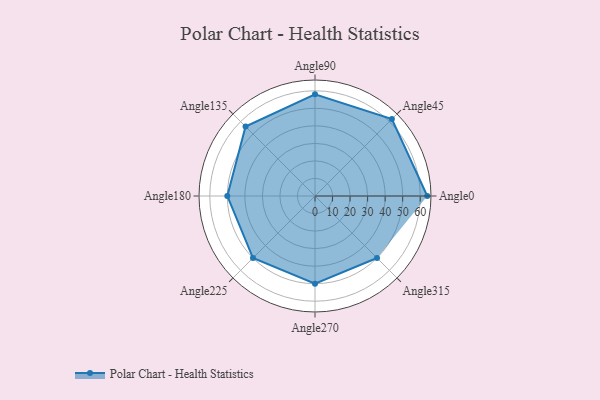
{"axis": {"x": "Angle", "y": "Radius"}, "legend": [""], "data": [{"x": "Angle0", "y": 64.0, "type": ""}, {"x": "Angle45", "y": 62.0, "type": ""}, {"x": "Angle90", "y": 58.0, "type": ""}, {"x": "Angle135", "y": 56.0, "type": ""}, {"x": "Angle180", "y": 50.0, "type": ""}, {"x": "Angle225", "y": 50, "type": ""}, {"x": "Angle270", "y": 50, "type": ""}, {"x": "Angle315", "y": 50, "type": ""}]}